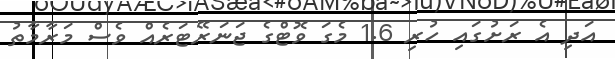
އަދި އެ ރަށުގައި ހުރި 1.6 މެގަ ވޮޓްގެ ޖަނަރޭޓަރެއް ވެސް މަރާމާތު